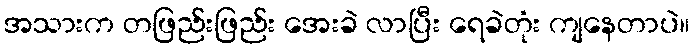
အသားက တဖြည်းဖြည်း အေးခဲ လာပြီး ရေခဲတုံး ကျနေတာပဲ။